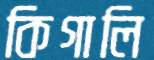
কিগালি